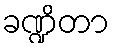
ခဏ္ဍိတာ